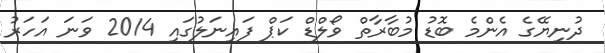
ދުނިޔޭގެ އެންމެ ބޮޑު މުބާރާތް ވޯލްޑް ކަޕް ފައިނަލުގައި 2014 ވަނަ އަހަރު